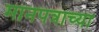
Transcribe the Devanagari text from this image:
मानपत्राच्या